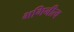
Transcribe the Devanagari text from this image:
भगिनीत्व